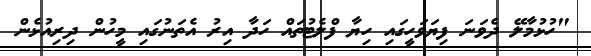
"ހުޅުމާލޭ ދެވަނަ ފިޔަވަހީގައި ހިޔާ ފްލެޓުތައް ހަދާ އިރު އެތަނުގައި މީހުން ދިރިއުޅެން